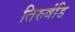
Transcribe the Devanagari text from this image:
तिरुवंडि